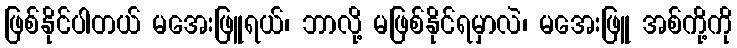
ဖြစ်နိုင်ပါတယ် မအေးဖြူရယ်၊ ဘာလို့ မဖြစ်နိုင်ရမှာလဲ၊ မအေးဖြူ အစ်ကို့ကို